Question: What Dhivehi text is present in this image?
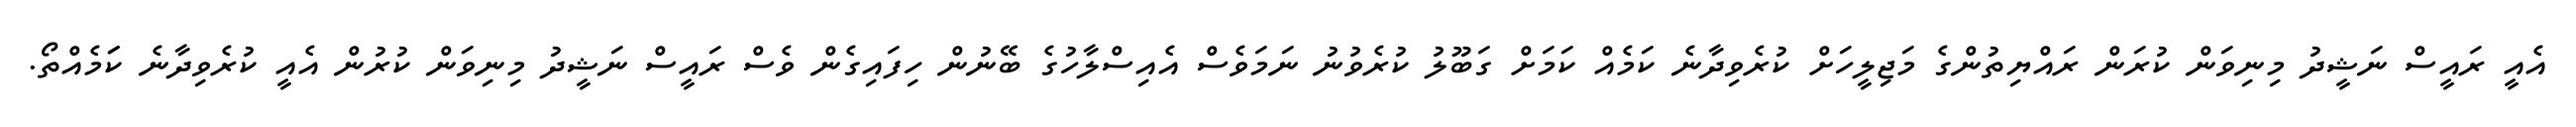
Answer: އެއީ ރައީސް ނަޝީދު މިނިވަން ކުރަން ރައްޔިތުންގެ މަޖިލީހަށް ކުރެވިދާނެ ކަމެއް ކަމަށް ގަބޫލު ކުރެވުނު ނަމަވެސް އެއިސްލާހުގެ ބޭނުން ހިފައިގެން ވެސް ރައީސް ނަޝީދު މިނިވަން ކުރުން އެއީ ކުރެވިދާނެ ކަަމެއްތޯ.